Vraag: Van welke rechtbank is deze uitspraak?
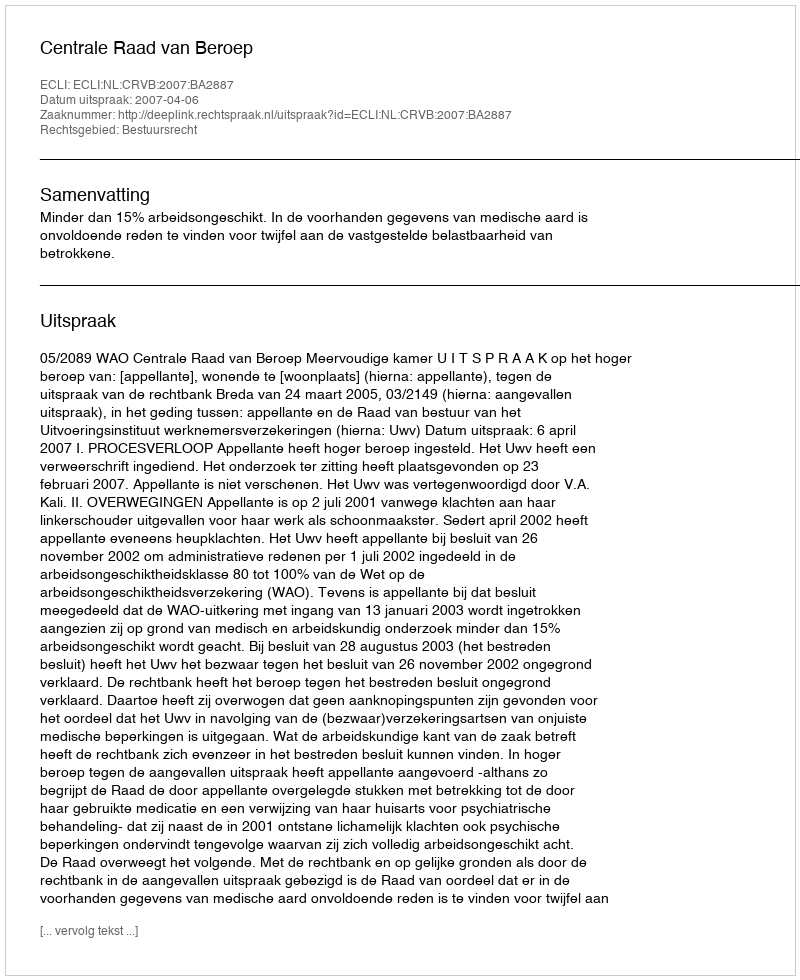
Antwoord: Centrale Raad van Beroep